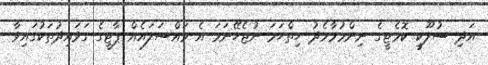
އަދި ސުލޫކީ ކޮމެޓީގެ ނިންމުމާމެދު ހިތްހަމަ ނުޖެހޭނަމަ އެ މައްސަލައެއް ޕާޓީގެ ގަވައިދުތަކުގައިވާ